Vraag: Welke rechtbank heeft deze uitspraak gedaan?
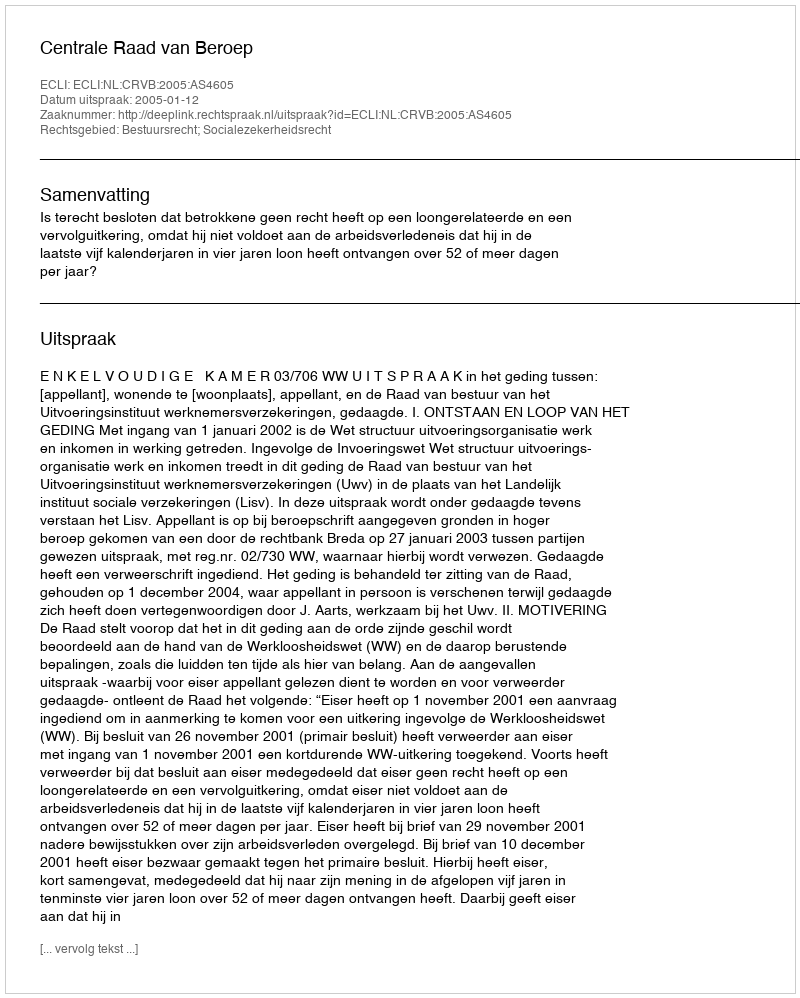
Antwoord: Centrale Raad van Beroep